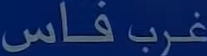
غَرْبِ فَاَ